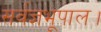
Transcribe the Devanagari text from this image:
सर्वज्ञभूपाल।